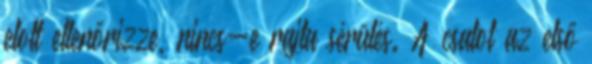
elott ellenőrizze, nincs-e rajta sérülés. A csatot az első